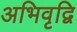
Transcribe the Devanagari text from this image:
अभिवृद्वि